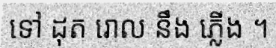
ទៅ ដុត រោល នឹង ភ្លើង ។